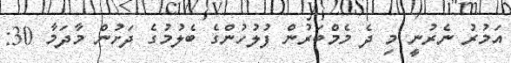
އަމުރު ނެރުނީ މި ދެ މެމްބަރުން ފުލުހުންގެ ބެލުމުގެ ދަށުން މާދަމާ 30: